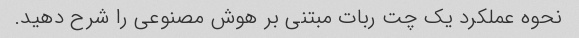
نحوه عملکرد یک چت ربات مبتنی بر هوش مصنوعی را شرح دهید.